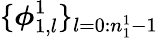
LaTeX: \{ \boldsymbol{\phi}_{1,l}^{1}\} _{l=0:n_{1}^{1}-1}